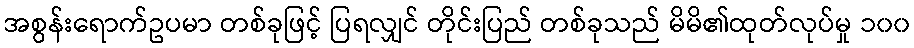
အစွန်းရောက်ဥပမာ တစ်ခုဖြင့် ပြရလျှင် တိုင်းပြည် တစ်ခုသည် မိမိ၏ထုတ်လုပ်မှု ၁၀၀